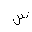
Letter: _sin